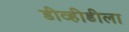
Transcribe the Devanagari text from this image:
डीव्हीडीला